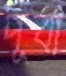
পূর্বা